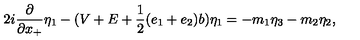
2 i \frac { \partial } { \partial x _ { + } } { \eta } _ { 1 } - ( V + E + \frac { 1 } { 2 } ( e _ { 1 } + e _ { 2 } ) b ) { \eta } _ { 1 } = - m _ { 1 } { \eta } _ { 3 } - m _ { 2 } { \eta } _ { 2 } ,